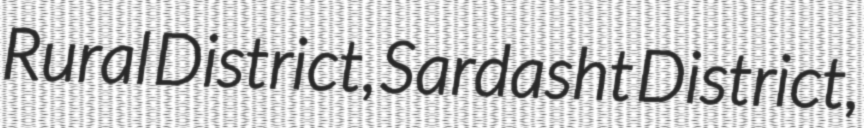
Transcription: Rural District, Sardasht District,